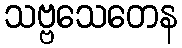
သဗ္ဗသေတေန